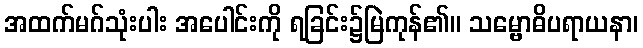
အထက်မဂ်သုံးပါး အပေါင်းကို ရခြင်း၌မြဲကုန်၏။ သမ္ဗောဓိပရာယနာ၊